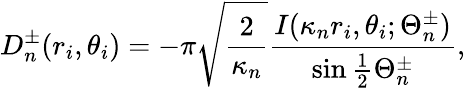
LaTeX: D_{n}^{\pm}(r_{i},\theta_{i})=-\pi\sqrt{\frac{2}{\kappa_{n}}}\frac{I(\kappa_{n}r_{i},\theta_{i};\Theta_{n}^{\pm})}{\sin\frac{1}{2}\Theta_{n}^{\pm}},